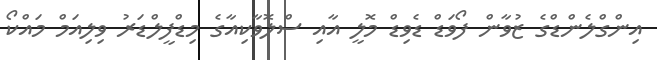
އިންގްލެންޑްގެ ޒުވާން ފޯވަޑް ޑެވިޑް މޮލީ އާއި ސްލޮވާކިއާގެ މިޑްފީލްޑަރު ވިލިއަމް މައްކޯ